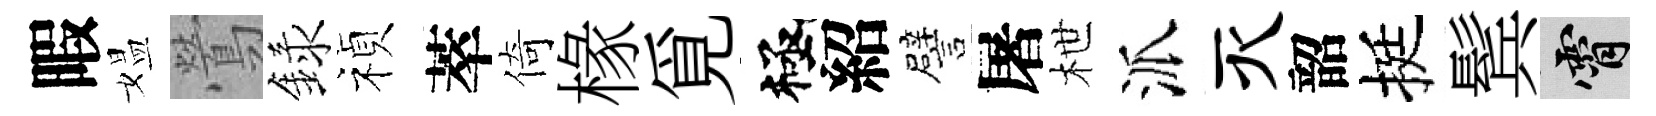
暇媪鶯録禎萃倚椽覓極紹譬屠枻派灭韶挺鬂霄